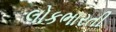
લોકભારતી